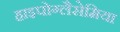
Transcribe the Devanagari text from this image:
हाइपोग्लैसेमिया